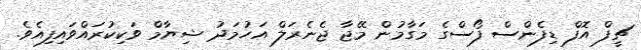
ޗީފް އޮފް ޑިފެންސް ފޯސްގެ މަގާމުން މޭޖާ ޖެނެރަލް އަހުމަދު ޝިޔާމް ވަކިކުރައްވައިފިއެވެ.